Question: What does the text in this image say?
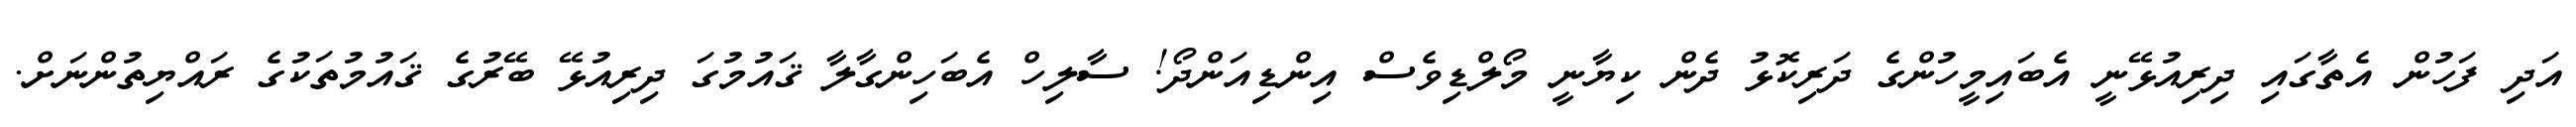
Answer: އަދި ފަހުން އެތާގައި ދިރިއުޅޭނީ އެބައިމީހުންގެ ދަރިކޮޅު ދެން ކިޔާނީ މޯލްޑިވެސް އިންޑިއަންދޯ! ސާލިހް އެބަހިންގާލާ ޤައުމުގަ ދިރިއުޅޭ ބޭރުގެ ޤައުމުތަކުގެ ރައްޔިތުންނަށް.